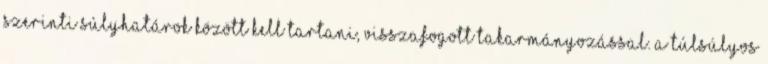
szerinti súlyhatárok között kell tartani, visszafogott takarmányozással. A túlsúlyos